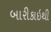
બારીકાઇથી